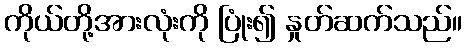
ကိုယ်တို့အားလုံးကို ပြုံး၍ နှုတ်ဆက်သည်။